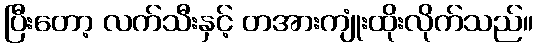
ပြီးတော့ လက်သီးနှင့် တအားကျုံးထိုးလိုက်သည်။